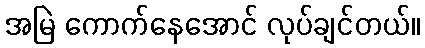
အမြဲ ကောက်နေအောင် လုပ်ချင်တယ်။